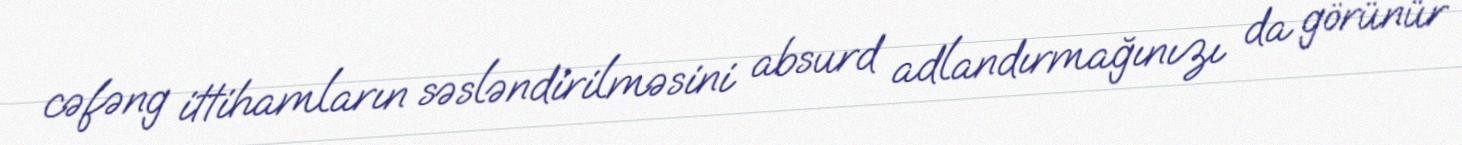
cəfəng ittihamların səsləndirilməsini absurd adlandırmağınızı da görünür